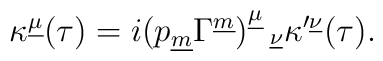
\kappa^{\underline\mu}(\tau)=i(p_{\underline m}\Gamma^{\underline m})^{\underline{\mu}}_{~~\underline{\nu}}\kappa^{\prime\underline{\nu}}(\tau).